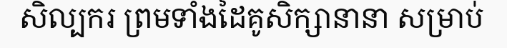
សិល្បករ ព្រមទាំងដៃគូសិក្សានានា សម្រាប់